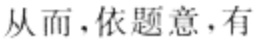
从而, 依题意, 有